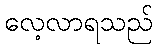
လေ့လာရသည်